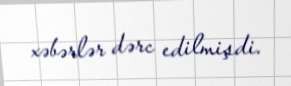
xəbərlər dərc edilmişdi.